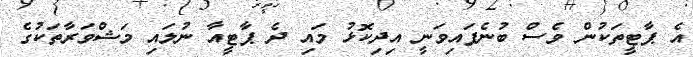
އެ ޕާޓީތަކުން ވެސް ބުނެފައިވަނީ އިދިކޮޅު މައި ދެ ޕާޓީއާ ނުލައި މަޝްވަރާތަކުގެ